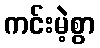
ကင်းမဲ့စွာ